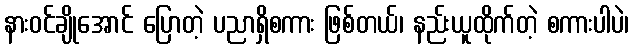
နားဝင်ချိုအောင် ပြောတဲ့ ပညာရှိစကား ဖြစ်တယ်၊ နည်းယူထိုက်တဲ့ စကားပါပဲ၊